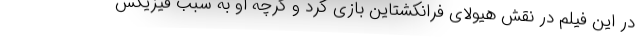
در این فیلم در نقش هیولای فرانکشتاین بازی کرد و گرچه او به سبب فیزیکش